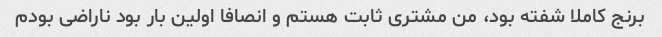
برنج کاملا شفته بود، من مشتری ثابت هستم و انصافا اولین بار بود ناراضی بودم